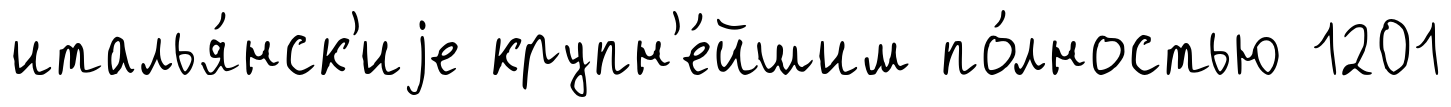
италья́нск'иjе крупн'е́йшим по́лностью 1201